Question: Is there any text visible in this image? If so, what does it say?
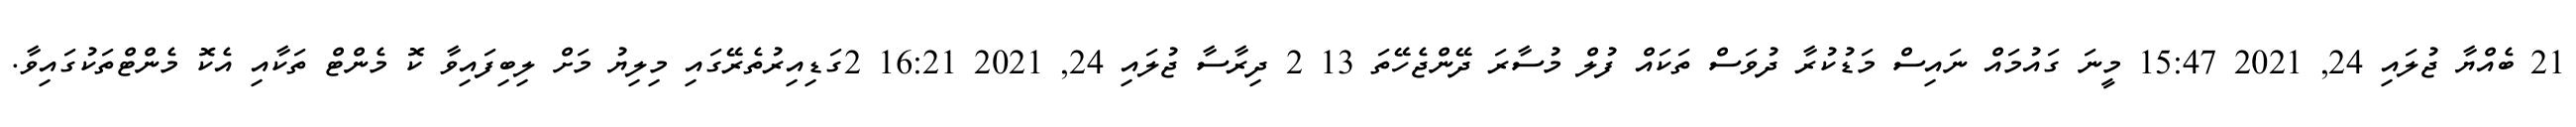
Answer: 21 ބެއްޔާ ޖުލައި 24, 2021 15:47 މީނަ ގައުމައް ނައިސް މަޑުކުރާ ދުވަސް ތަކައް ފުލް މުސާރަ ދޭންޖެހޭތަ 13 2 ދިރާސާ ޖުލައި 24, 2021 16:21 2ގަޑިއިރުތެރޭގައި މިލިޔު މަށް ލިބިފައިވާ ކޮ މެންޓް ތަކާއި އެކޮ މެންޓްތަކުގައިވާ.